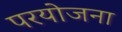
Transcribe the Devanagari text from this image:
परयोजना